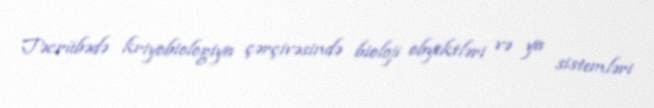
Təcrübədə kriyobiologiya çərçivəsində bioloji obyektləri və ya sistemləri